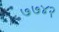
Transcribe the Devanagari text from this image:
७७४२